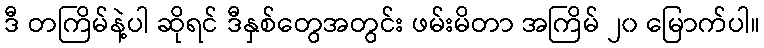
ဒီ တကြိမ်နဲ့ပါ ဆိုရင် ဒီနှစ်တွေအတွင်း ဖမ်းမိတာ အကြိမ် ၂၀ မြောက်ပါ။